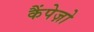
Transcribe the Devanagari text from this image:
कैंपेज़ो